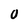
Character: 0